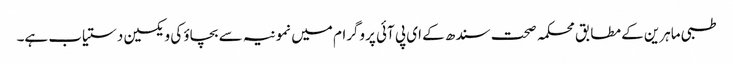
طبی ماہرین کے مطابق محکمہ صحت سندھ کے ای پی آئی پروگرام میں نمونیہ سے بچاؤ کی ویکسین دستیاب ہے۔